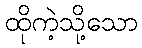
ထိုကဲ့သို့သော